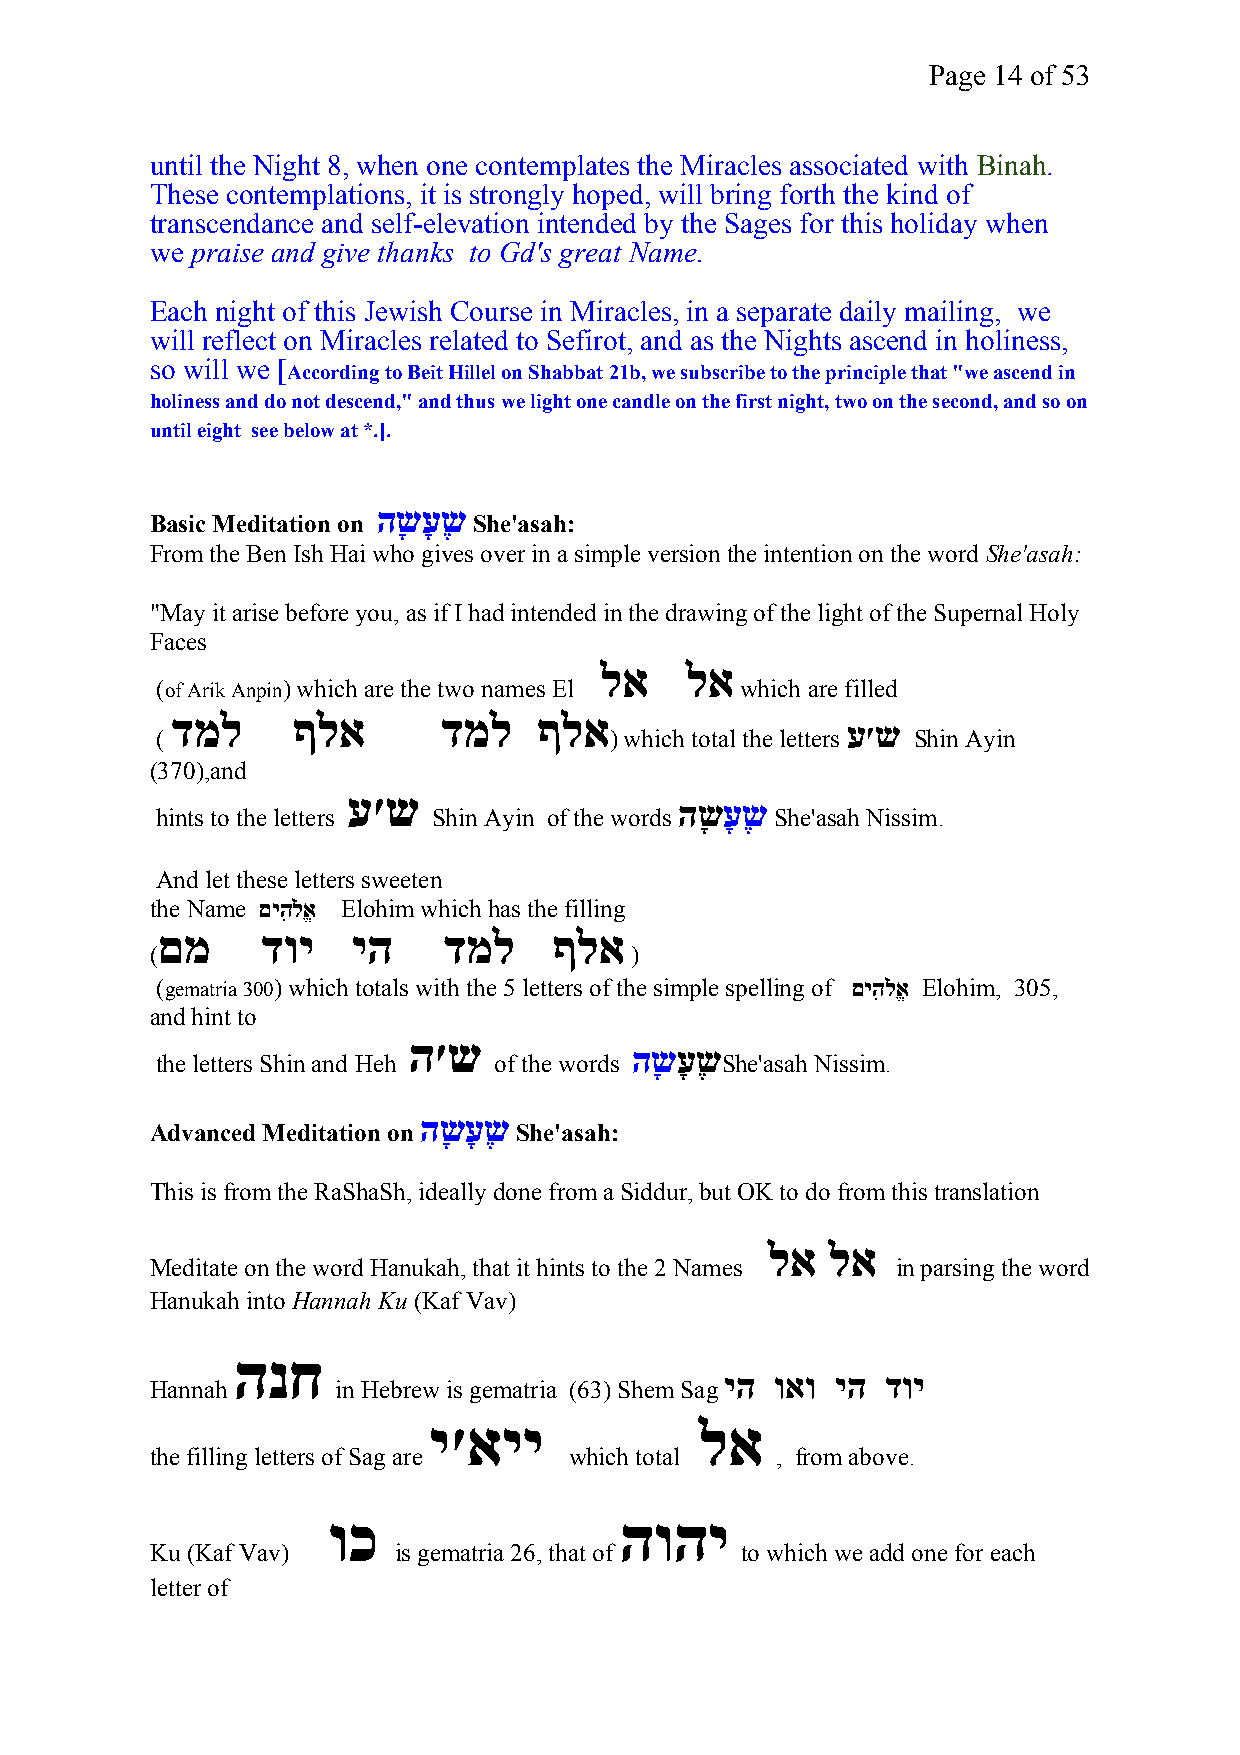
Page 14 of 53
 until the Night 8, when one contemplates the Miracles associated with Binah.
 These contemplations, it is strongly hoped, will bring forth the kind of
 transcendance and self-elevation intended by the Sages for this holiday when
 we praise and give thanks to Gd's great Name.
 Each night of this Jewish Course in Miracles, in a separate daily mailing, we
 will reflect on Miracles related to Sefirot, and as the Nights ascend in holiness,
 so will we [
 According to Beit Hillel on Shabbat 21b, we subscribe to the principle that "we ascend in
 holiness and do not descend," and thus we light one candle on the first night, two on the second, and so on
 until eight see below at *.].
 השָ עָ שֶ
 Basic Meditation on  She'asah:
 From the Ben Ish Hai who gives over in a simple version the intention on the word She'asah:
 "May it arise before you, as if I had intended in the drawing of the light of the Supernal Holy
 Faces
 לא   לא
 (of Arik Anpin) which are the two names El which are filled
 דמל     ףלא       דמל    ףלא
 ע׳ש
 (                             ) which total the letters Shin Ayin
 (370),and
 ע׳ש
 השָ עָ שֶ
 hints to the letters Shin Ayin of the words She'asah Nissim.
 And let these letters sweeten
 the Name םיהִלֹאֱ Elohim which has the filling
 םמ     דוי   יה    דמל     ףלא
 (                               )
 (gematria 300) which totals with the 5 letters of the simple spelling of םיהִלֹאֱ Elohim, 305,
 and hint to
 ה׳ש
 השָ עָ שֶ
 the letters Shin and Heh of the words She'asah Nissim.
 השָ עָ שֶ
 Advanced Meditation on  She'asah:
 This is from the RaShaSh, ideally done from a Siddur, but OK to do from this translation
 לא  לא
 Meditate on the word Hanukah, that it hints to the 2 Names in parsing the word
 Hanukah into Hannah Ku (Kaf Vav)
 הנח
 יה ואו יה  דוי
 Hannah      in Hebrew is gematria (63) Shem Sag
 י׳איי             לא
 the filling letters of Sag are which total , from above.
 וכ                 הוהי
 Ku (Kaf Vav)    is gematria 26, that of to which we add one for each
 letter of